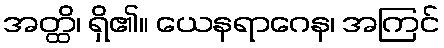
အတ္ထိ၊ ရှိ၏။ ယေနရာဂေန၊ အကြင်